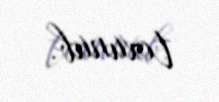
toxunub.